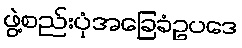
ဖွဲ့စည်းပုံအခြေခံဥပဒေ